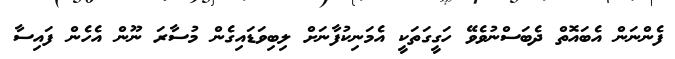
ފެންނަން އެބައޮތް ދެބަސްނުވެވޭ ހަގީގަތަކީ އެމަނިކުފާނަށް ލިބިވަޑައިގެން މުސާރަ ނޫން އެހެން ފައިސާ